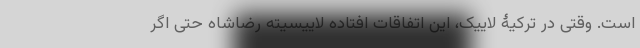
است. وقتی در ترکیۀ لاییک، این اتفاقات افتاده لاییسیته رضاشاه حتی اگر